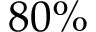
8 0 \%